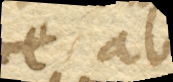
gae ab